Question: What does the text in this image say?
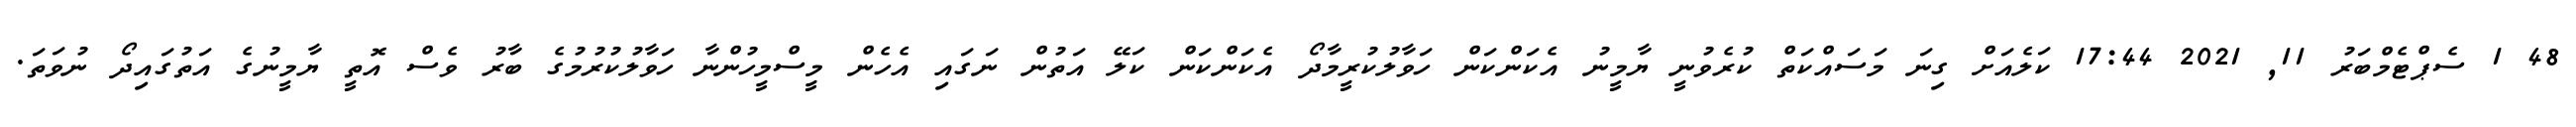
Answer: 48 1 ސެޕްޓެމްބަރު 11, 2021 17:44 ކަލެއަށް ގިނަ މަސައްކަތް ކުރެވުނީ ޔާމީނު އެކަންކަން ހަވާލުކުރީމާދޯ އެކަންކަން ކަލޭ އަތުން ނަގައި އެހެން މީސްމީހުންނާ ހަވާލުކުރުމުގެ ބާރު ވެސް އޮތީ ޔާމީނުގެ އަތުގައިދޯ ނުވަތަ.